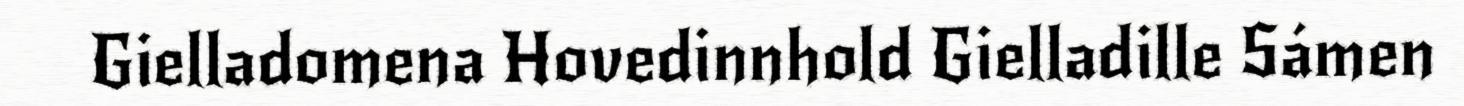
Gielladomena Hovedinnhold Gielladille Sámen